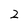
Character: Z